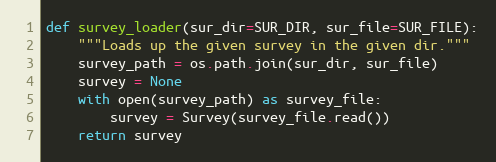
Language: Python
def survey_loader(sur_dir=SUR_DIR, sur_file=SUR_FILE):
    """Loads up the given survey in the given dir."""
    survey_path = os.path.join(sur_dir, sur_file)
    survey = None
    with open(survey_path) as survey_file:
        survey = Survey(survey_file.read())
    return survey